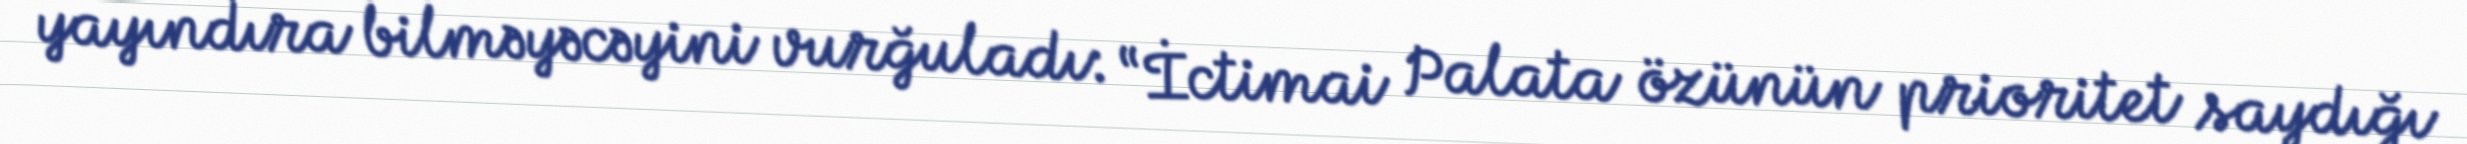
yayındıra bilməyəcəyini vurğuladı: “İctimai Palata özünün prioritet saydığı